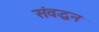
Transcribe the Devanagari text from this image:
संवद्धन